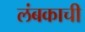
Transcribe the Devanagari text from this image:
लंबकाची